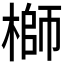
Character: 𬄁